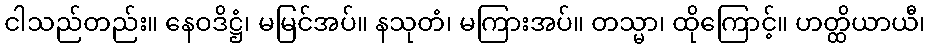
ငါသည်တည်း။ နေဝဒိဋ္ဌံ၊ မမြင်အပ်။ နသုတံ၊ မကြားအပ်။ တသ္မာ၊ ထိုကြောင့်။ ဟတ္ထိယာယီ၊